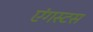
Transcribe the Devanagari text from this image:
एंगस्टस